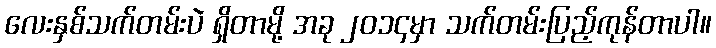
လေးနှစ်သက်တမ်းပဲ ရှိတာမို့ အခု ၂၀၁၄မှာ သက်တမ်းပြည့်ကုန်တာပါ။